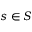
s \in S